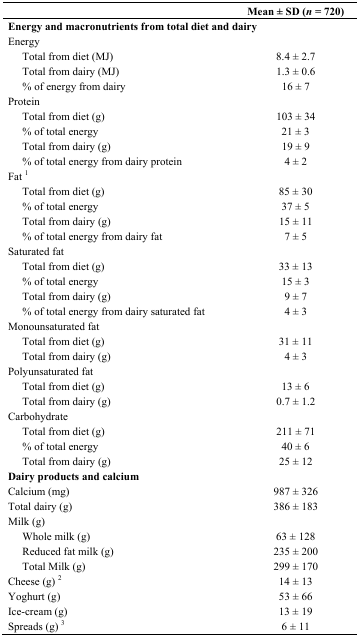
<table><thead><tr><td></td><td><b>Mean ± SD (<i>n</i> = 720)</b></td></tr></thead><tbody><tr><td colspan="2"><b>Energy and macronutrients from total diet and dairy</b></td></tr><tr><td>Energy</td><td></td></tr><tr><td> Total from diet (MJ)</td><td>8.4 ± 2.7</td></tr><tr><td> Total from dairy (MJ)</td><td>1.3 ± 0.6 </td></tr><tr><td> % of energy from dairy</td><td>16 ± 7</td></tr><tr><td>Protein</td><td></td></tr><tr><td> Total from diet (g)</td><td>103 ± 34</td></tr><tr><td> % of total energy </td><td>21 ± 3</td></tr><tr><td> Total from dairy (g)</td><td>19 ± 9</td></tr><tr><td> % of total energy from dairy protein</td><td>4 ± 2</td></tr><tr><td>Fat <sup>1</sup></td><td></td></tr><tr><td> Total from diet (g)</td><td>85 ± 30</td></tr><tr><td> % of total energy </td><td>37 ± 5</td></tr><tr><td> Total from dairy (g)</td><td>15 ± 11</td></tr><tr><td> % of total energy from dairy fat</td><td>7 ± 5</td></tr><tr><td>Saturated fat </td><td></td></tr><tr><td> Total from diet (g)</td><td>33 ± 13</td></tr><tr><td> % of total energy </td><td>15 ± 3</td></tr><tr><td> Total from dairy (g)</td><td>9 ± 7 </td></tr><tr><td> % of total energy from dairy saturated fat</td><td>4 ± 3</td></tr><tr><td>Monounsaturated fat </td><td></td></tr><tr><td> Total from diet (g)</td><td>31 ± 11</td></tr><tr><td> Total from dairy (g)</td><td>4 ± 3</td></tr><tr><td>Polyunsaturated fat </td><td></td></tr><tr><td> Total from diet (g)</td><td>13 ± 6</td></tr><tr><td> Total from dairy (g)</td><td>0.7 ± 1.2</td></tr><tr><td>Carbohydrate</td><td></td></tr><tr><td> Total from diet (g)</td><td>211 ± 71</td></tr><tr><td> % of total energy</td><td>40 ± 6</td></tr><tr><td> Total from dairy (g)</td><td>25 ± 12</td></tr><tr><td><b>Dairy products and calcium</b></td><td></td></tr><tr><td>Calcium (mg)</td><td>987 ± 326</td></tr><tr><td>Total dairy (g)</td><td>386 ± 183</td></tr><tr><td>Milk (g)</td><td></td></tr><tr><td> Whole milk (g)</td><td>63 ± 128</td></tr><tr><td> Reduced fat milk (g)</td><td>235 ± 200</td></tr><tr><td> Total Milk (g)</td><td>299 ± 170</td></tr><tr><td>Cheese (g) <sup>2</sup></td><td>14 ± 13</td></tr><tr><td>Yoghurt (g)</td><td>53 ± 66</td></tr><tr><td>Ice-cream (g)</td><td>13 ± 19</td></tr><tr><td>Spreads (g) <sup>3</sup></td><td>6 ± 11</td></tr></tbody></table>